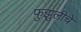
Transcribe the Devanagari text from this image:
फुझुलीचे